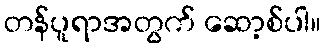
တန်ပူရာအတွက် ဆော့စ်ပါ။